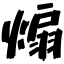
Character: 煽